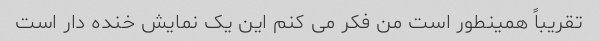
تقریباً همینطور است من فکر می کنم این یک نمایش خنده دار است